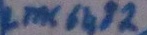
Text: LMC 6183